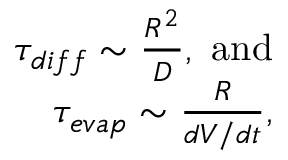
\begin{array} { r } { \tau _ { d i f f } \sim \frac { R ^ { 2 } } { \cal D } , ~ \mathrm { a n d } } \\ { \tau _ { e v a p } \sim \frac { R } { { d V } / d t } , } \end{array}